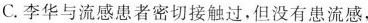
C.李华与流感患者密切接触过，但没有患流感，